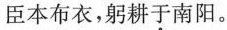
臣本布衣，躬耕于南阳。